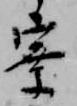
寮